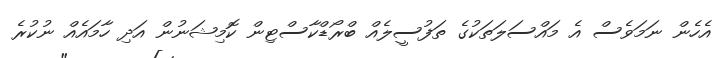
އެހެން ނަމަވެސް އެ މައްސަލަތަކުގެ ތަފުސީލެއް ބްރޯޑްކާސްޓިން ކޮމިޝަނުން އަދި ހާމައެއް ނުކުރެ